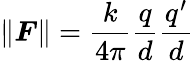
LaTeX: \| \boldsymbol{F}\| =\frac{k}{4\pi}\frac{q}{d}\frac{q^{\prime}}{d}